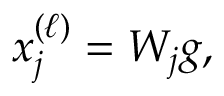
x _ { j } ^ { ( \ell ) } = W _ { j } g ,